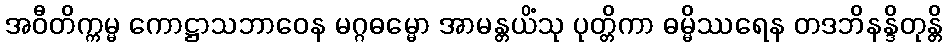
အဝီတိက္ကမ္မ ကောဋ္ဌာသဘာဝေန မဂ္ဂဓမ္မော အာမန္တယိံသု ပုတ္တိကာ ဓမ္မိဿရေန တဒဘိနန္ဒိတုန္တိ